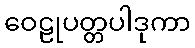
ဝေဠုပတ္တပါဒုကာ